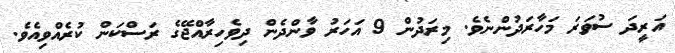
އަރީދަ ސުވަރަ މަހާރަދުންނެވެ. މިރަދުން 9 އަހަރު ވާންދެން ދިވެހިރާއްޖޭގެ ރަސްކަން ކުރެއްވިއެވެ.